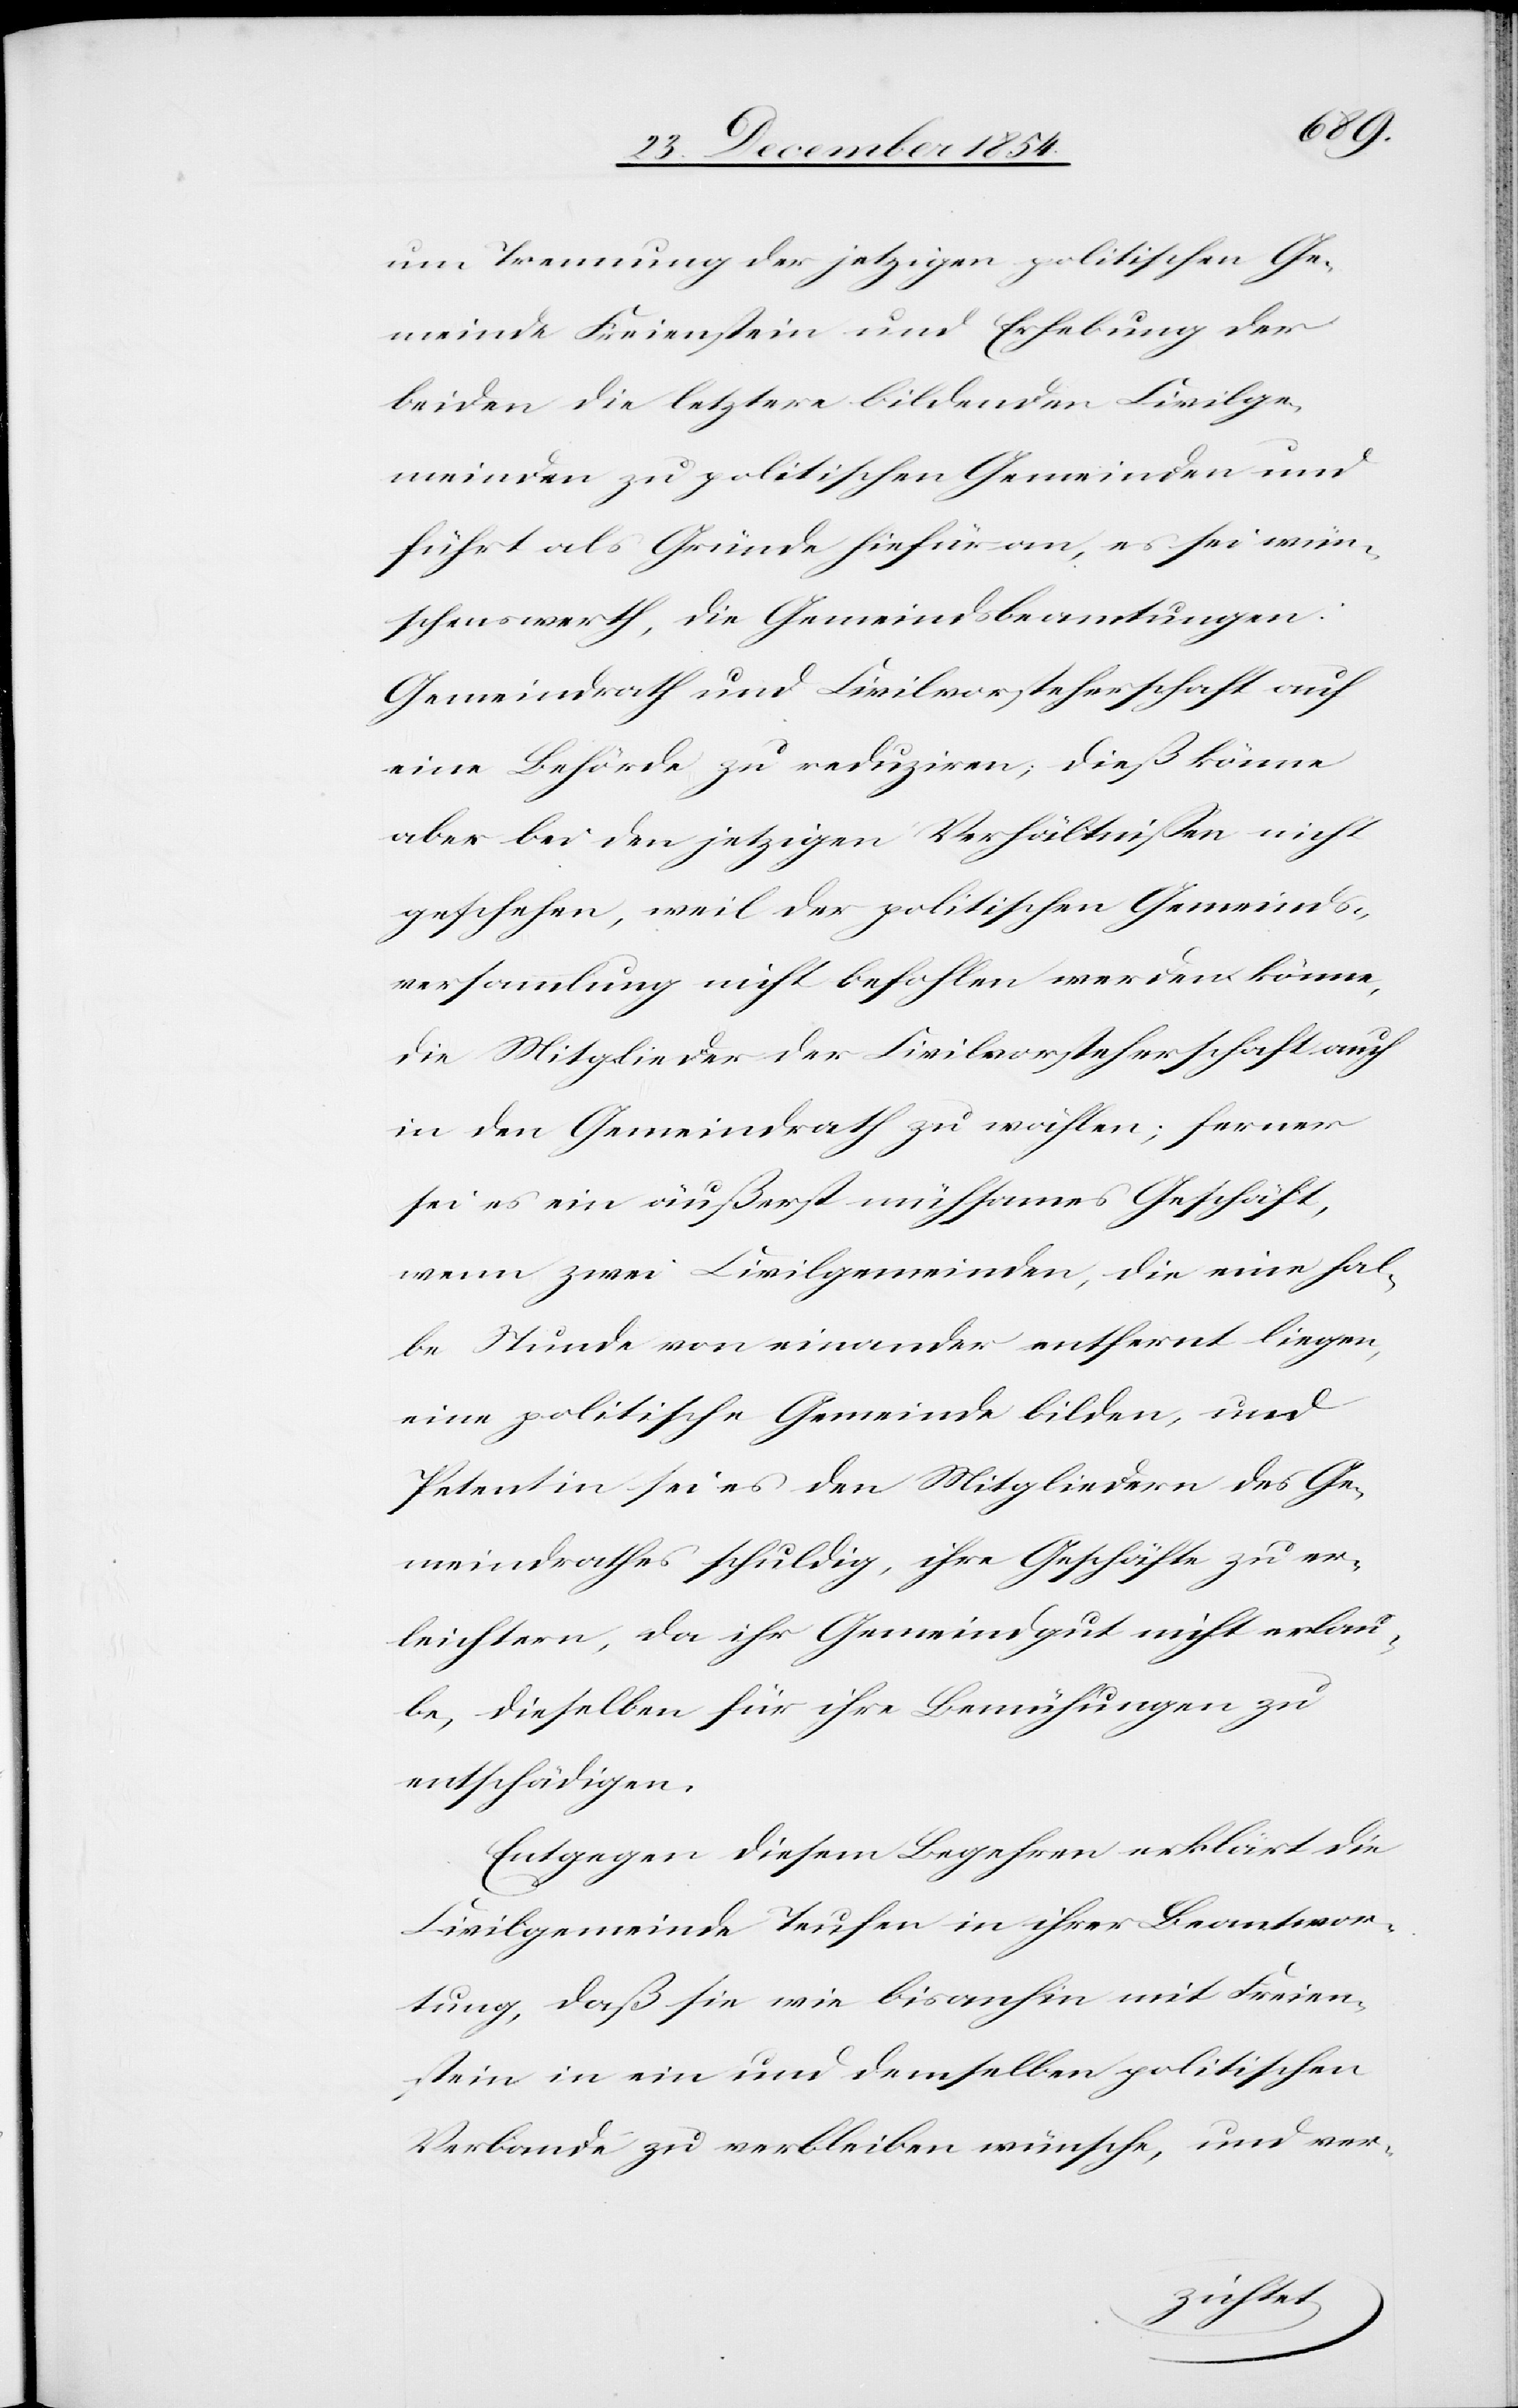
um Trennung der jetzigen politischen Ge¬
meinde Freienstein und Erhebung der
beiden die letztere bildenden Civilge¬
meinden zu politischen Gemeinden und
führt als Gründe hiefür an, es sei wün¬
schenswerth, die Gemeindsbeamtungen:
Gemeindrath und Civilvorsteherschaft auf
eine Behörde zu reduziren; dies könne
aber bei den jetzigen Verhältnißen nicht
geschehen, weil der politischen Gemeinds¬
versammlung nicht befohlen werden könne,
die Mitglieder der Civilvorsteherschaft auch
in den Gemeindrath zu wählen; ferner
sei es ein äußerst mühsames Geschäft,
wenn zwei Civilgemeinden, die eine hal¬
be Stunde von einander entfernt liegen,
eine politische Gemeinde bilden, und
Petentin sei es den Mitgliedern des Ge¬
meindrathes schuldig, ihre Geschäfte zu er¬
leichtern, da ihr Gemeindgut nicht erlau¬
be, dieselben für ihre Bemühungen zu
entschädigen.
Entgegen diesem Begehren erklärt die
Civilgemeinde Teufen in ihrer Beantwor¬
tung, daß sie wie bisanhin mit Freien¬
stein in ein und demselben politischen
Verbande zu verbleiben wünsche, und ver-